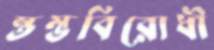
স্তম্ভবিরোধী